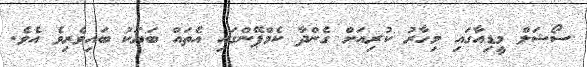
ސޯޝަލް މީޑިއާގައި މިހާރު ކުރިއަށް ގެންދާ ކެމްޕޭންގައި އެތައް ބަޔަކު ބައިވެރިވެ އެވެ.